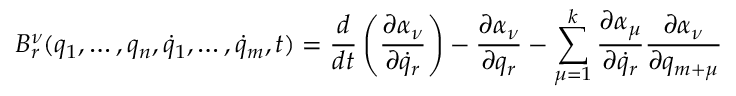
B _ { r } ^ { \nu } ( q _ { 1 } , \dots , q _ { n } , { \dot { q } } _ { 1 } , \dots , { \dot { q } } _ { m } , t ) = \frac { d } { d t } \left( \frac { \partial \alpha _ { \nu } } { \partial { \dot { q } } _ { r } } \right) - \frac { \partial \alpha _ { \nu } } { \partial q _ { r } } - \sum _ { \mu = 1 } ^ { k } \frac { \partial \alpha _ { \mu } } { \partial { \dot { q } } _ { r } } \frac { \partial \alpha _ { \nu } } { \partial q _ { m + \mu } }